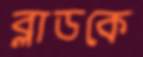
ব্লাডকে